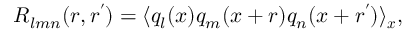
R _ { l m n } ( \boldsymbol { r } , \boldsymbol { r ^ { \prime } } ) = \langle q _ { l } ( \boldsymbol { x } ) q _ { m } ( \boldsymbol { x } + \boldsymbol { r } ) q _ { n } ( \boldsymbol { x } + \boldsymbol { r ^ { \prime } } ) \rangle _ { \boldsymbol { x } } ,